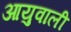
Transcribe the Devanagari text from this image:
आयुवाली